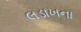
લડાખના